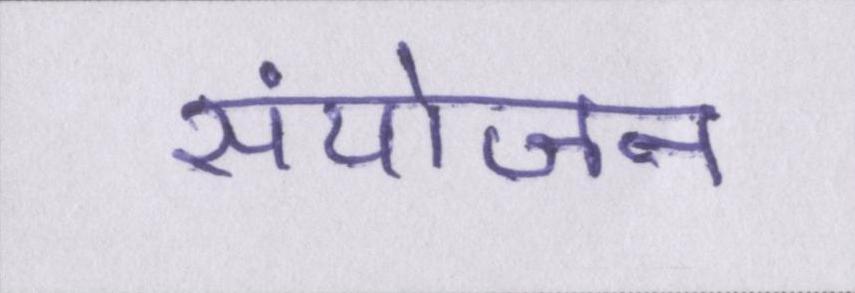
संयोजन